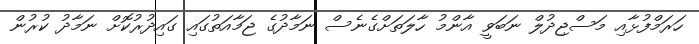
ހަރަމްފުޅާއި މަސްޖިދުލް ނަބަވީ އާންމު ހާލަތަށްގެނެސް ނަމާދުގެ ޖަމާއަތުގައި ގައިދުރުކޮށް ނަމާދު ކުރުން